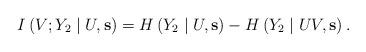
LaTeX: \begin{align*} I\left( V;Y_2\mid U,\mathbf{s}\right) =H\left( Y_2\mid U,\mathbf{s}\right) -H\left( Y_2\mid UV,\mathbf{s}\right).\end{align*}